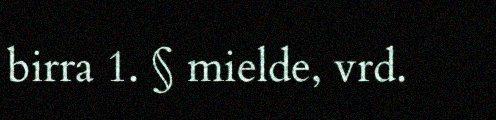
birra 1. § mielde, vrd.